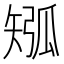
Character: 𥏩